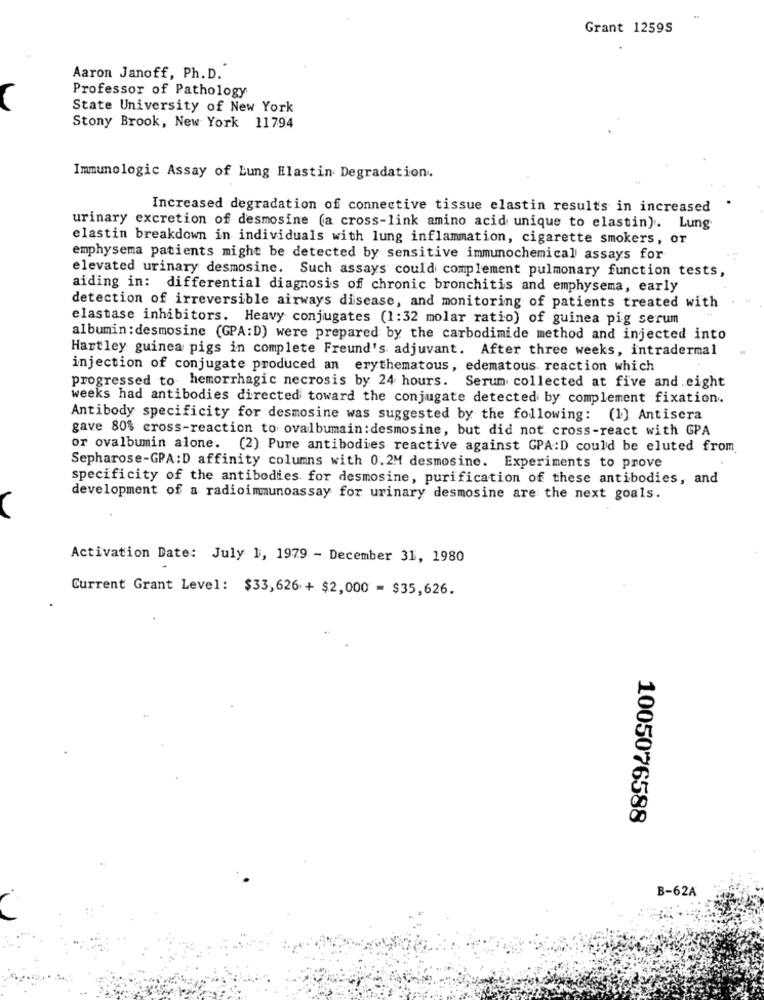
Grant 1259S
Aaron Janoff, Ph. D.
Professor of Pathology
State University of New York
Stony Brook, New York 11794
Immunologic Assay of Lung Elastin Degradation.
Increased degradation of connective tissue elastin results in increased
urinary excretion of desmosine (a cross-link amino acid unique to elastin). Lung
elastin breakdown in individuals with lung inflammation, cigarette smokers, or
emphysema patients might be detected by sensitive immunochemical assays for
elevated urinary desmosine. Such assays could complement pulmonary function tests,
aiding in: differential diagnosis of chronic bronchitis and emphysema, early
detection of irreversible airways disease, and monitoring of patients treated with
elastase inhibitors. Heavy conjugates (1:32 molar ratio) of guinea pig serum
albumin : desmosine (GPA:D) were prepared by the carbodimide method and injected into
Hartley guinea pigs in complete Freund's adjuvant. After three weeks, intradermal
injection of conjugate produced an erythematous, edematous reaction which
progressed to hemorrhagic necrosis by 24 hours. Serum collected at five and eight
weeks had antibodies directed toward the conjugate detected by complement fixation.
Antibody specificity for desmosine was suggested by the following: (1) Antisera
gave 80% cross-reaction to ovalbumain:desmosine, but did not cross-react with GPA
or ovalbumin alone. (2) Pure antibodies reactive against GPA:D could be eluted from
Sepharose-GPA:D affinity columns with 0.2M desmosine. Experiments to prove
specificity of the antibodies for desmosine, purification of these antibodies, and
development of a radioimmunoassay for urinary desmosine are the next goals.
Activation Date: July 1, 1979 - December 31, 1980
Current Grant Level: $33,626+ $2,000 = $35,626.
1005076588
B-62A